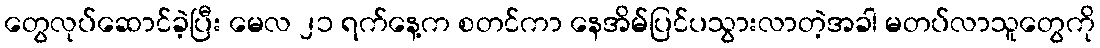
တွေလုပ်ဆောင်ခဲ့ပြီး မေလ ၂၁ ရက်နေ့က စတင်ကာ နေအိမ်ပြင်ပသွားလာတဲ့အခါ မတပ်လာသူတွေကို